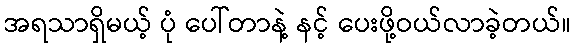
အရသာရှိမယ့် ပုံ ပေါ်တာနဲ့ နင့် ပေးဖို့ဝယ်လာခဲ့တယ်။